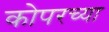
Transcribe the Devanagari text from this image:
कोपरच्या